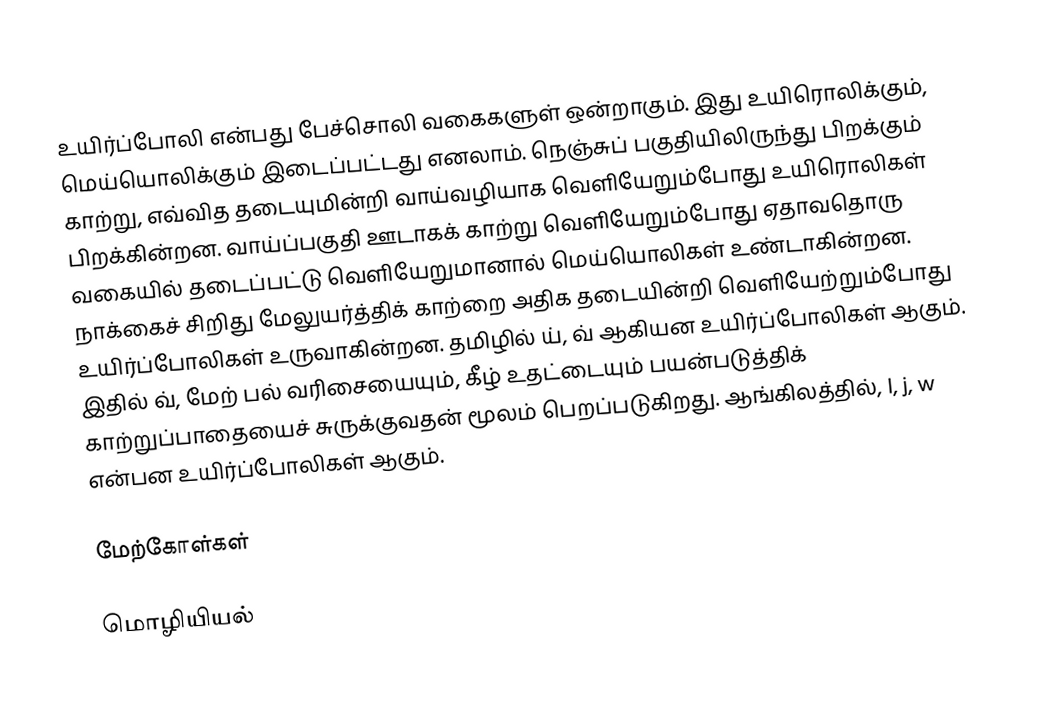
உயிர்ப்போலி என்பது பேச்சொலி வகைகளுள் ஒன்றாகும். இது உயிரொலிக்கும், மெய்யொலிக்கும் இடைப்பட்டது எனலாம். நெஞ்சுப் பகுதியிலிருந்து பிறக்கும் காற்று, எவ்வித தடையுமின்றி வாய்வழியாக வெளியேறும்போது உயிரொலிகள் பிறக்கின்றன. வாய்ப்பகுதி ஊடாகக் காற்று வெளியேறும்போது ஏதாவதொரு வகையில் தடைப்பட்டு வெளியேறுமானால் மெய்யொலிகள் உண்டாகின்றன. நாக்கைச் சிறிது மேலுயர்த்திக் காற்றை அதிக தடையின்றி வெளியேற்றும்போது உயிர்ப்போலிகள் உருவாகின்றன. தமிழில் ய், வ் ஆகியன உயிர்ப்போலிகள் ஆகும். இதில் வ், மேற் பல் வரிசையையும், கீழ் உதட்டையும் பயன்படுத்திக் காற்றுப்பாதையைச் சுருக்குவதன் மூலம் பெறப்படுகிறது. ஆங்கிலத்தில், l, j, w என்பன உயிர்ப்போலிகள் ஆகும்.

மேற்கோள்கள்

மொழியியல்